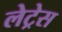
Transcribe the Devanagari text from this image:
लेट्रेस